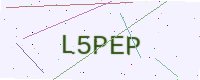
Text: L5PEP